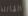
القاتلة